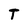
Character: T